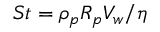
S t = \rho _ { p } R _ { p } V _ { w } / \eta